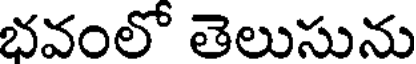
భవంలో తెలుసును